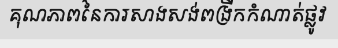
គុណភាពនៃការសាងសង់ពង្រីកកំណាត់ផ្លូវ